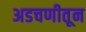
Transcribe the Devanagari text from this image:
अडचणीतून